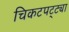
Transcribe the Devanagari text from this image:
चिकटपट्ट्या